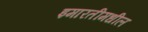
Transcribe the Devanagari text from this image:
इमारतीमधील